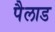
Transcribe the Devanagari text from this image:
पैलाड